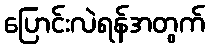
ပြောင်းလဲရန်အတွက်